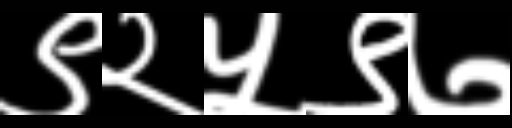
Text: ९२५९७